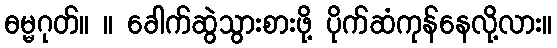
ဓမ္မဂုတ်။ ။ ခေါက်ဆွဲသွားစားဖို့ ပိုက်ဆံကုန်နေလို့လား။